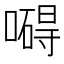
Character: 𠿴